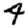
Digit: 4